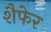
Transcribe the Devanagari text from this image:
शैफेर